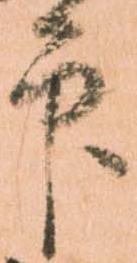
印